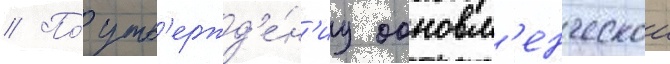
// По́ утв'ержд'е́н'иу обновл'енческои